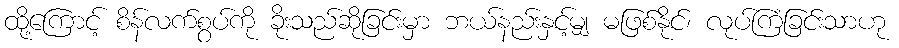
ထို့ကြောင့် စိန်လက်စွပ်ကို ခိုးသည်ဆိုခြင်းမှာ ဘယ်နည်းနှင့်မျှ မဖြစ်နိုင်၊ လုပ်ကြံခြင်းသာဟု